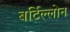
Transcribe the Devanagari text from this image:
बर्टिल्लोन